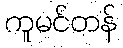
ကူမင်တန်